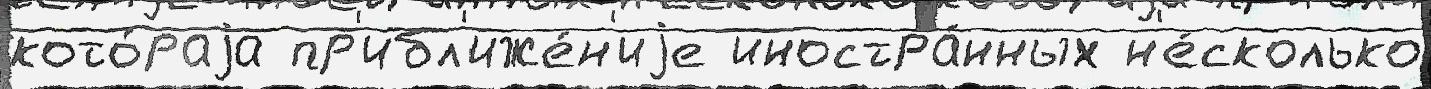
кото́раjа пр'ибл'иже́н'иjе иностра́нных н'е́сколько